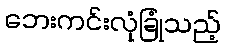
ဘေးကင်းလုံခြုံသည့်